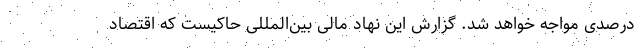
درصدی مواجه خواهد شد. گزارش این نهاد مالی بین‌المللی حاکیست که اقتصاد